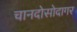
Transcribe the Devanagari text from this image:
चानदोसोदागर